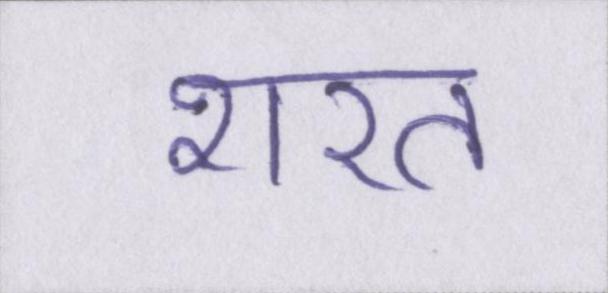
शरत